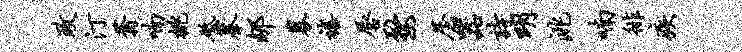
政汀蓊喃桃砥摹郇募禧唇婺屋器诗明洮喃徘疾